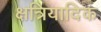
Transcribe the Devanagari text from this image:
क्षत्रियादिक